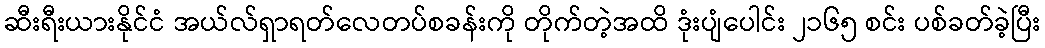
ဆီးရီးယားနိုင်ငံ အယ်လ်ရှာရတ်လေတပ်စခန်းကို တိုက်တဲ့အထိ ဒုံးပျံပေါင်း ၂၁၆၅ စင်း ပစ်ခတ်ခဲ့ပြီး